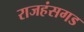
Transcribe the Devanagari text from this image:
राजहंसगड